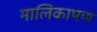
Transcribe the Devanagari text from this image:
मालिकापण